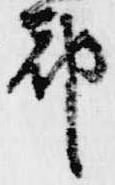
都